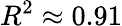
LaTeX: R^{2}\approx 0.91